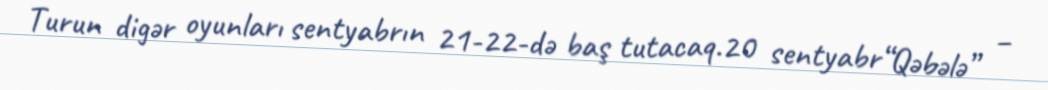
Turun digər oyunları sentyabrın 21-22-də baş tutacaq.20 sentyabr“Qəbələ” –